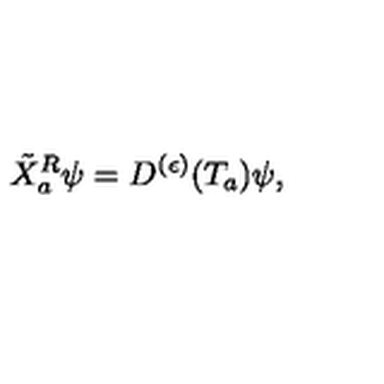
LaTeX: { \tilde { X } ^ { R } } _ { a } \psi = D ^ { ( \epsilon ) } ( T _ { a } ) \psi ,